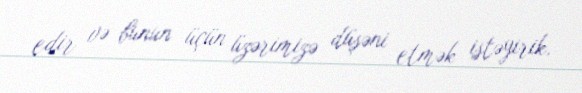
edir və bunun üçün üzərimizə düşəni etmək istəyirik.